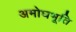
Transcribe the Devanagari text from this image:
अमोघभूति